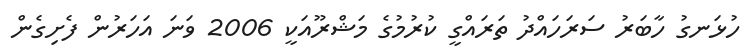
ހުޅަނގު ހާބަރު ސަރަހައްދު ތަރައްގީ ކުރުމުގެ މަޝްރޫއަކީ 2006 ވަނަ އަހަރުން ފެށިގެން